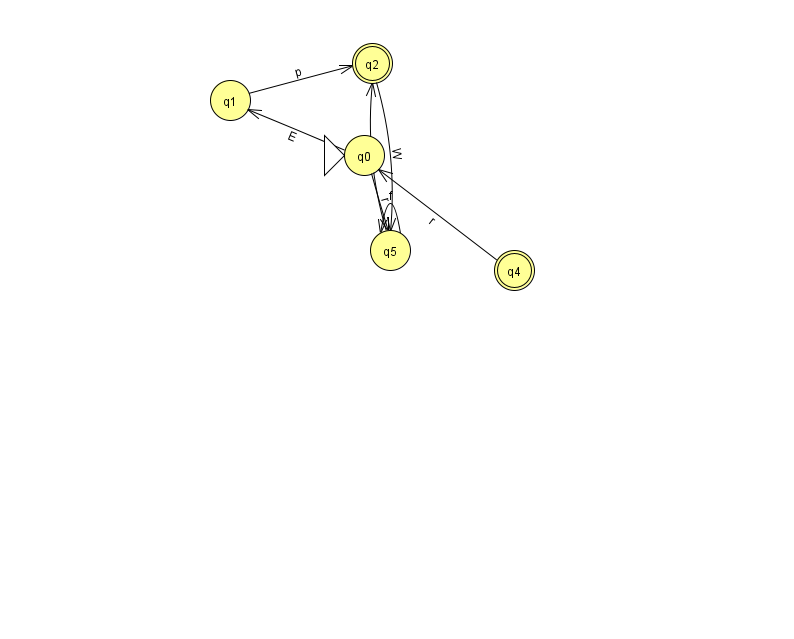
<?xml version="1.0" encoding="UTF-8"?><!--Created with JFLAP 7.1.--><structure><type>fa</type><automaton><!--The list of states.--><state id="0" name="q0"><x>364.0</x><y>142.0</y><initial/></state><state id="1" name="q1"><x>230.0</x><y>87.0</y></state><state id="2" name="q2"><x>372.0</x><y>50.0</y><final/></state><state id="4" name="q4"><x>514.0</x><y>257.0</y><final/></state><state id="5" name="q5"><x>390.0</x><y>237.0</y></state><!--The list of transitions.--><transition><from>2</from><to>5</to><read>W</read></transition><transition><from>0</from><to>1</to><read>E</read></transition><transition><from>5</from><to>2</to><read>T</read></transition><transition><from>5</from><to>5</to><read>f</read></transition><transition><from>4</from><to>0</to><read>r</read></transition><transition><from>0</from><to>5</to><read>r</read></transition><transition><from>1</from><to>2</to><read>p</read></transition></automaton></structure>